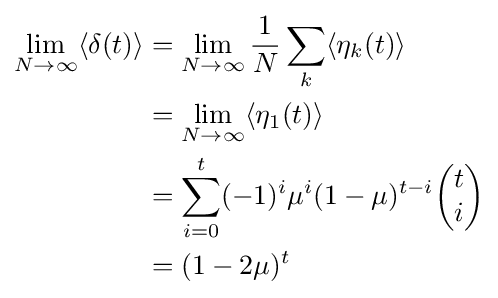
{\begin{aligned}\lim _{N\to \infty }\langle \delta (t)\rangle &=\lim _{N\to \infty }{\frac {1}{N}}\sum _{k}\langle \eta _{k}(t)\rangle \\&=\lim _{N\to \infty }\langle \eta _{1}(t)\rangle \\&=\sum _{i=0}^{t}(-1)^{i}\mu ^{i}(1-\mu )^{t-i}{\begin{pmatrix}t\\i\end{pmatrix}}\\&=(1-2\mu )^{t}\end{aligned}}